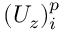
( U _ { z } ) _ { i } ^ { p }